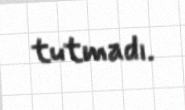
tutmadı.